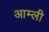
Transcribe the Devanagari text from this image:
आम्ली